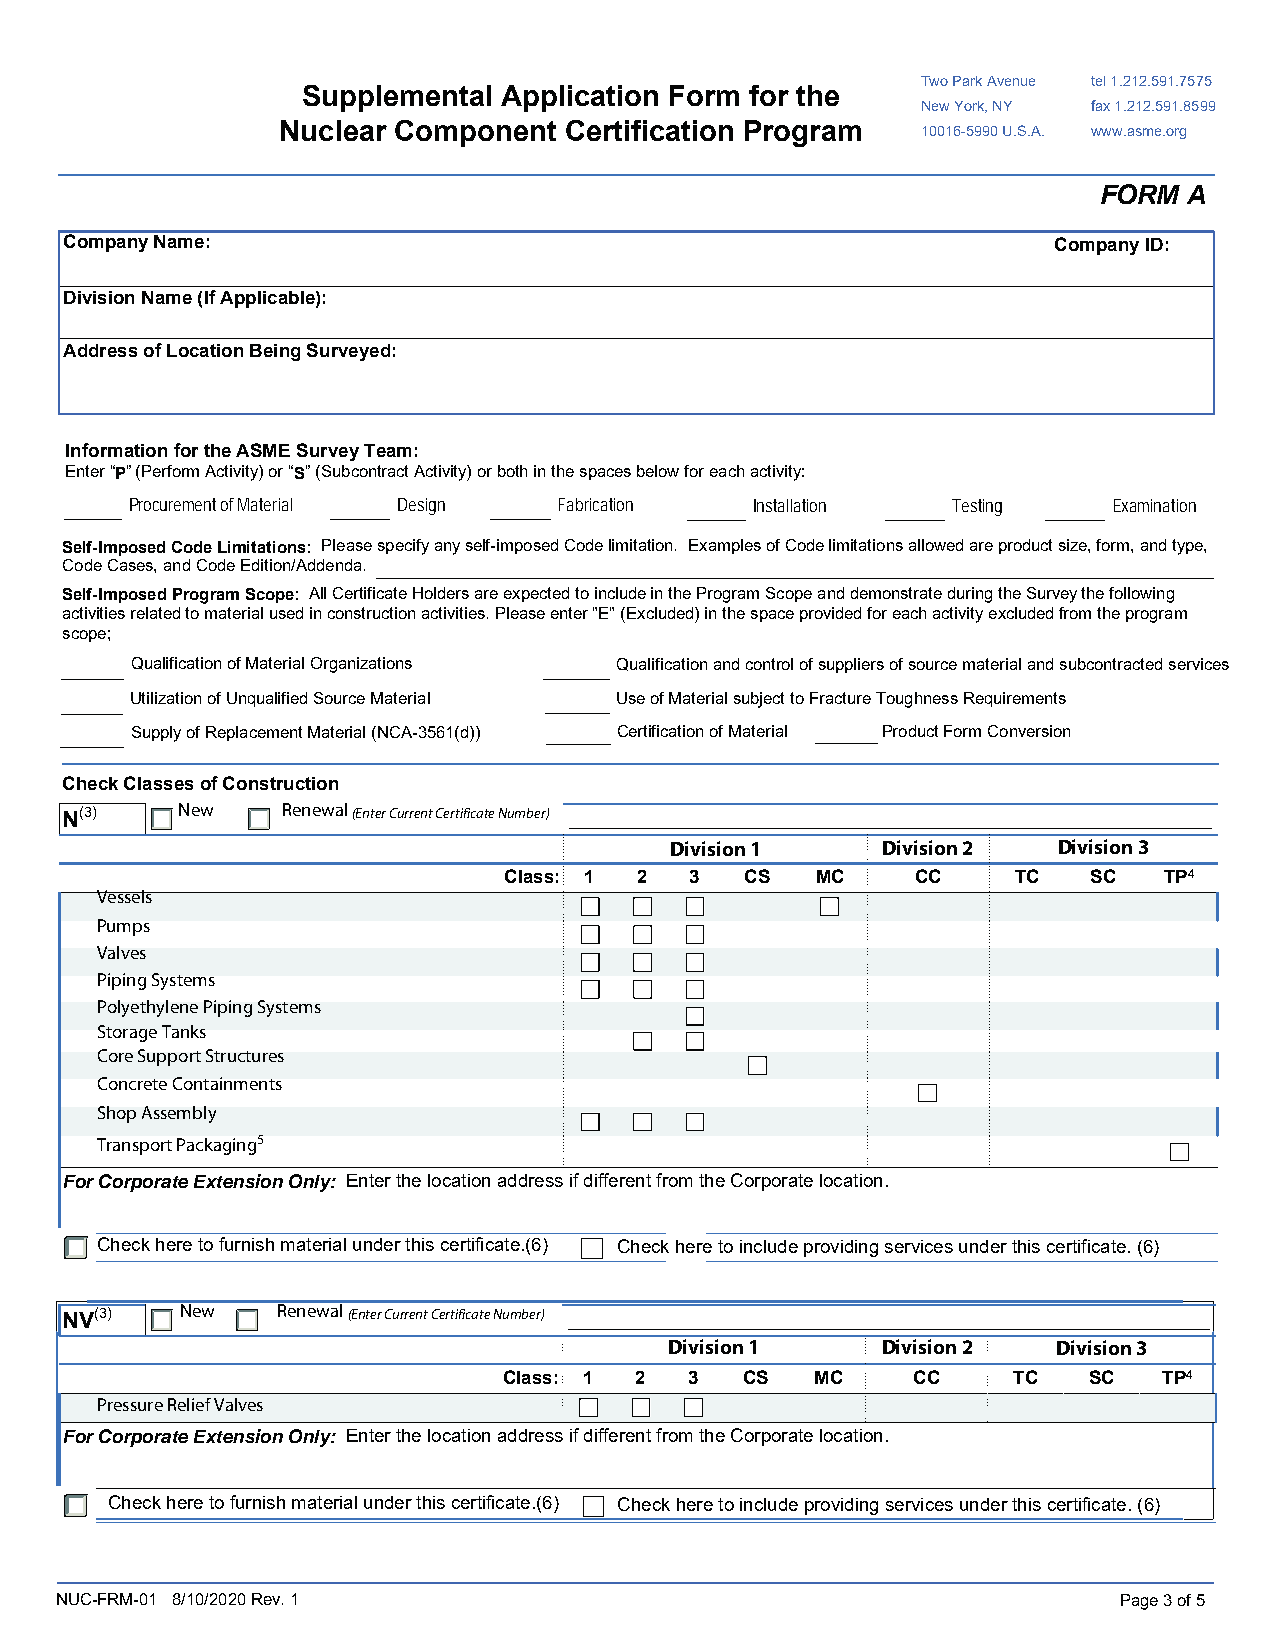
Two Park Avenue tel 1.212.591.7575
 Supplemental Application Form for the
 New York, NY fax 1.212.591.8599
 Nuclear Component Certification Program
 10016-5990 U.S.A. www.asme.org
 FORM  A
 Company Name:                                                     Company ID:
 Division Name (If Applicable):
 Address of Location Being Surveyed:
 Information for the ASME Survey Team:
 Enter “P” (Perform Activity) or “S” (Subcontract Activity) or both in the spaces below for each activity:
 Procurement of Material Design Fabrication Installation Testing  Examination
 Self-Imposed Code Limitations: Please specify any self-imposed Code limitation. Examples of Code limitations allowed are product size, form, and type,
 Code Cases, and Code Edition/Addenda.
 Self-Imposed Program Scope: All Certificate Holders are expected to include in the Program Scope and demonstrate during the Survey the following
 activities related to material used in construction activities. Please enter "E" (Excluded) in the space provided for each activity excluded from the program
 scope;
 Qualification of Material Organizations Qualification and control of suppliers of source material and subcontracted services
 Utilization of Unqualified Source Material Use of Material subject to Fracture Toughness Requirements
 Supply of Replacement Material (NCA-3561(d)) Certification of Material Product Form Conversion
 Check Classes of Construction
 N(3)    New    Renewal (Enter Current Certificate Number)
 Division 1    Division 2  Division 3
 Class: 1 2   3  CS   MC     CC    TC   SC   TP4
 Vessels
 Pumps
 Valves
 Piping Systems
 Polyethylene Piping Systems
 Storage Tanks
 Core Support Structures
 Concrete Containments
 Shop Assembly
 Transport Packaging5
 For Corporate Extension Only: Enter the location address if different from the Corporate location.
 Check here to furnish material under this certificate.(6) Check here to include providing services under this certificate. (6)
 NV(3)   New   Renewal (Enter Current Certificate Number)
 Division 1    Division 2  Division 3
 Class: 1 2   3  CS   MC    CC     TC   SC   TP4
 Pressure Relief Valves
 For Corporate Extension Only: Enter the location address if different from the Corporate location.
 Check here to furnish material under this certificate.(6) Check here to include providing services under this certificate. (6)
 NUC-FRM-01 8/10/2020 Rev. 1                                           Page 3 of 5